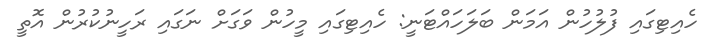
ހެއިޓިގައި ފުލުހުން އަމަން ބަލަހައްޓަނީ: ހެއިޓިގައި މީހުން ވަގަށް ނަގައި ރަހީނުކުރުން އޮތީ